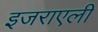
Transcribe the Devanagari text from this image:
इजराएली